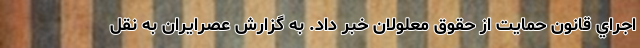
اجراي قانون حمايت از حقوق معلولان خبر داد. به گزارش عصرایران به نقل